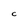
Character: C